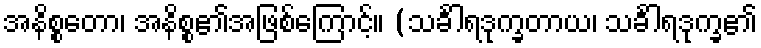
အနိစ္စတော၊ အနိစ္စ၏အဖြစ်ကြောင့်။ (သင်္ခါရဒုက္ခတာယ၊ သင်္ခါရဒုက္ခ၏